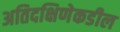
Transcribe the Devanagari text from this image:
अतिदक्षिणेकडील